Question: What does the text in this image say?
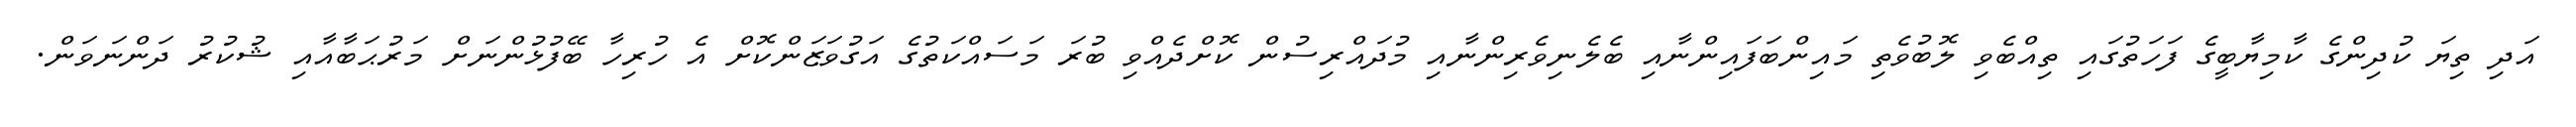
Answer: އަދި ތިޔަ ކުދިންގެ ކާމިޔާބީގެ ފަހަތުގައި ތިއްބެވި ލޮބުވެތި މައިންބަފައިންނާއި ބެލެނިވެރިންނާއި މުދައްރިސުން ކޮށްދެއްވި ބުރަ މަސައްކަތުގެ އަގުވަޒަންކޮށް އެ ހުރިހާ ބޭފުޅުންނަށް މަރުޙަބާއާއި ޝުކުރު ދަންނަވަން.